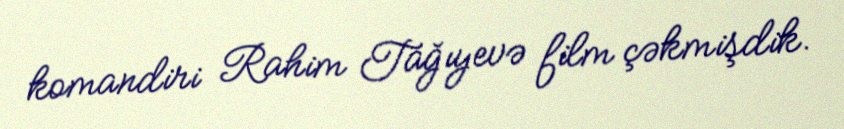
komandiri Rahim Tağıyevə film çəkmişdik.